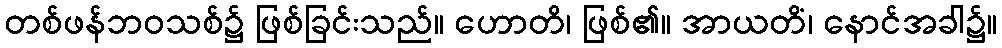
တစ်ဖန်ဘဝသစ်၌ ဖြစ်ခြင်းသည်။ ဟောတိ၊ ဖြစ်၏။ အာယတိံ၊ နောင်အခါ၌။